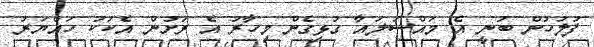
ފުލުހުން ބުނީ އެ މައްސަލައާ ގުޅިގެން މިހާރު އެ ރަށުން އެކަކު ހައްޔަރު